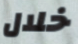
خلال